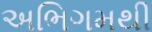
અભિગમથી